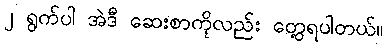
၂ ရွက်ပါ အဲဒီ ဆေးစာကိုလည်း တွေ့ရပါတယ်။